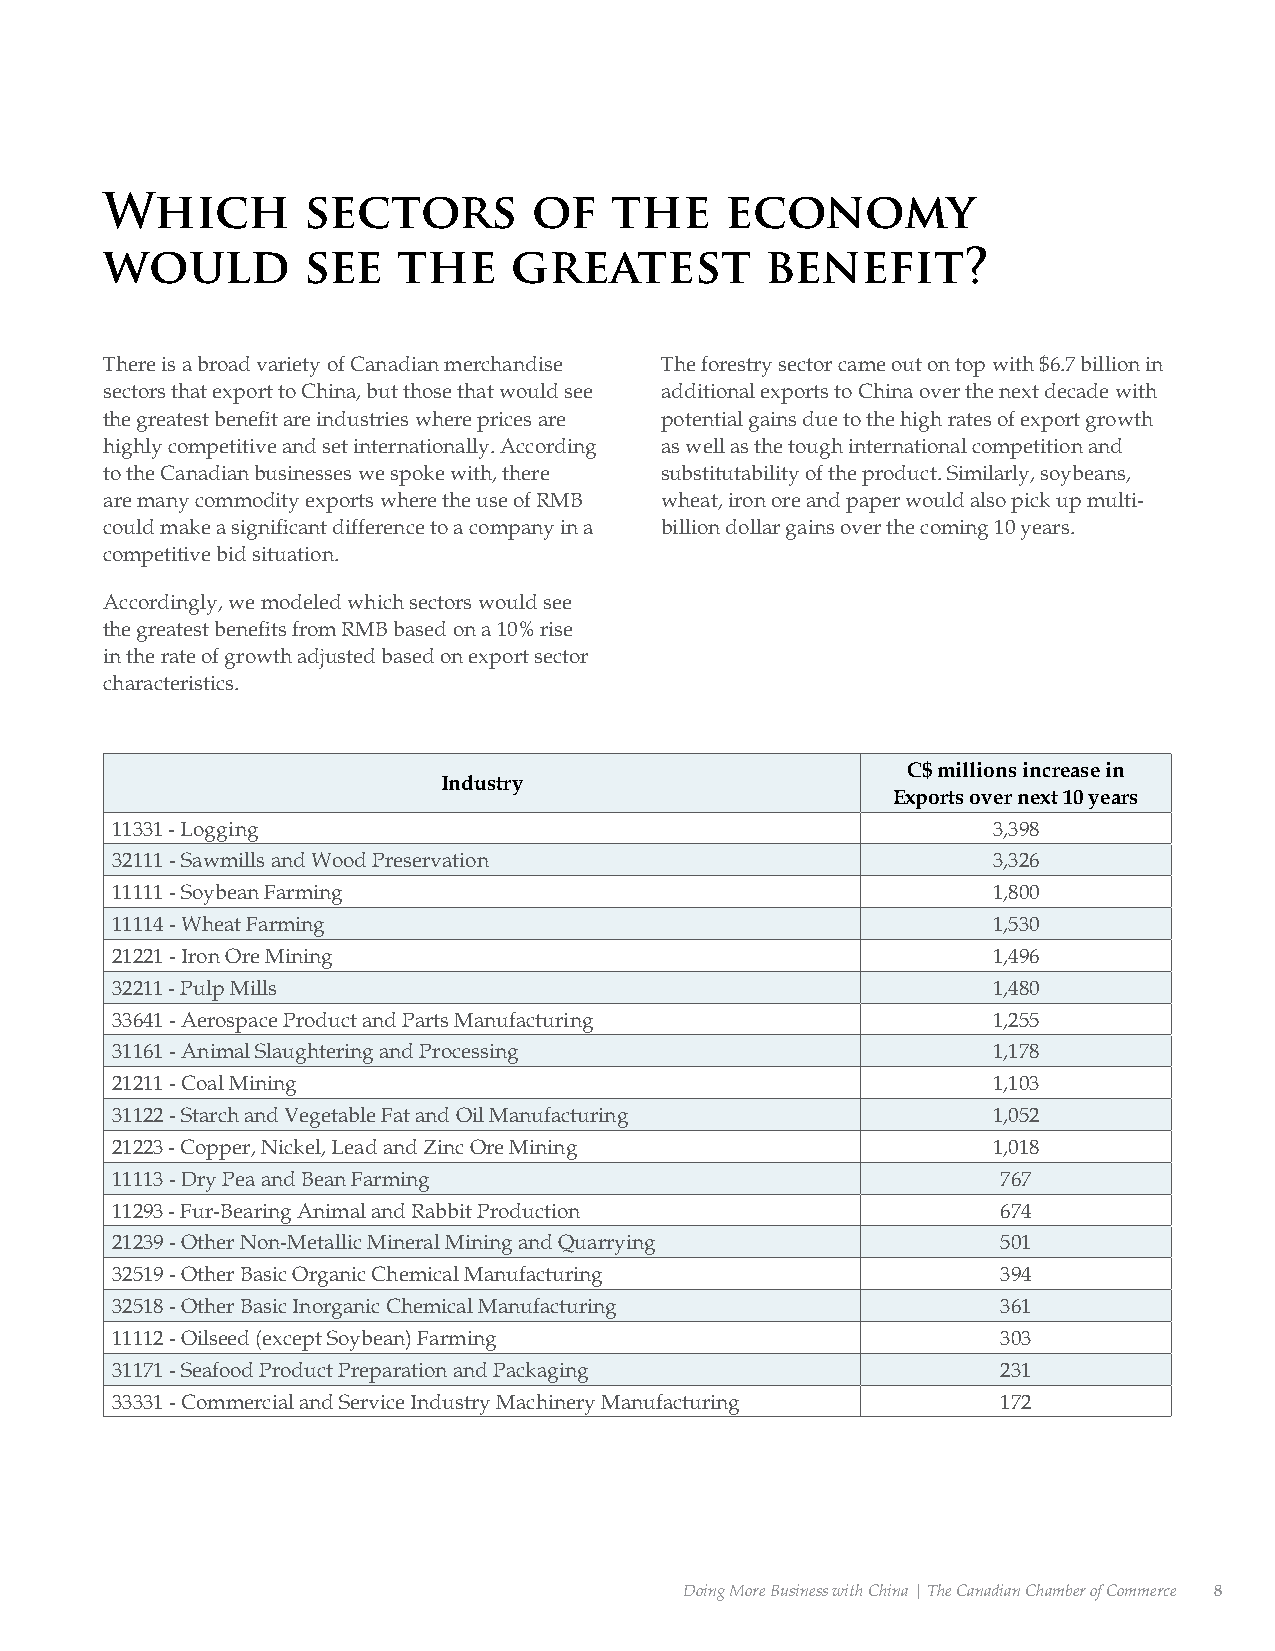
Which        sectors        of   the     economy
 would        see   the     greatest         benefit?
 There is a broad variety of Canadian merchandise The forestry sector came out on top with $6.7 billion in
 sectors that export to China, but those that would see additional exports to China over the next decade with
 the greatest benefit are industries where prices are potential gains due to the high rates of export growth
 highly competitive and set internationally. According as well as the tough international competition and
 to the Canadian businesses we spoke with, there substitutability of the product. Similarly, soybeans,
 are many commodity exports where the use of RMB wheat, iron ore and paper would also pick up multi-
 could make a significant difference to a company in a billion dollar gains over the coming 10 years.
 competitive bid situation.
 Accordingly, we modeled which sectors would see
 the greatest benefits from RMB based on a 10% rise
 in the rate of growth adjusted based on export sector
 characteristics.
 C$ millions increase in
 Industry
 Exports over next 10 years
 11331 - Logging                                            3,398
 32111 - Sawmills and Wood Preservation                     3,326
 11111 - Soybean Farming                                    1,800
 11114 - Wheat Farming                                      1,530
 21221 - Iron Ore Mining                                    1,496
 32211 - Pulp Mills                                         1,480
 33641 - Aerospace Product and Parts Manufacturing          1,255
 31161 - Animal Slaughtering and Processing                 1,178
 21211 - Coal Mining                                        1,103
 31122 - Starch and Vegetable Fat and Oil Manufacturing     1,052
 21223 - Copper, Nickel, Lead and Zinc Ore Mining           1,018
 11113 - Dry Pea and Bean Farming                           767
 11293 - Fur-Bearing Animal and Rabbit Production           674
 21239 - Other Non-Metallic Mineral Mining and Quarrying    501
 32519 - Other Basic Organic Chemical Manufacturing         394
 32518 - Other Basic Inorganic Chemical Manufacturing       361
 11112 - Oilseed (except Soybean) Farming                   303
 31171 - Seafood Product Preparation and Packaging          231
 33331 - Commercial and Service Industry Machinery Manufacturing 172
 Doing More Business with China | The Canadian Chamber of Commerce 8